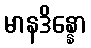
မာနဒိန္နော